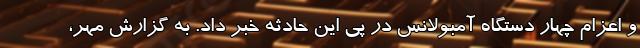
و اعزام چهار دستگاه آمبولانس در پی این حادثه خبر داد. به گزارش مهر،